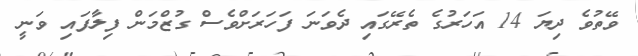
ވޭތުވެ ދިޔަ 14 އަހަރުގެ ތެރޭގައި ދެވަނަ ފަހަރަށްވެސް ގުޒްމަން ފިލާފައި ވަނީ